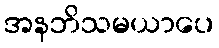
အနဘိသမယာပေ